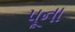
પૂના